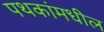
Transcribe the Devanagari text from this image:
पथकांमधील